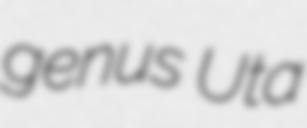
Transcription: genus Uta